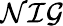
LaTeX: \cal NIG